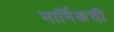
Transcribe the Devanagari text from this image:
मार्मिकची